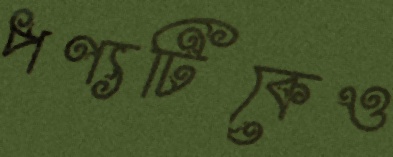
পণ্যটিকেও